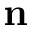
\mathbf { n }